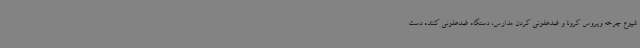
شیوع چرخه ویروس کرونا و ضدعفونی کردن مدارس، دستگاه ضدعفونی کننده دست